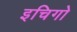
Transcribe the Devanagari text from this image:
इचिगो